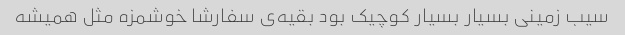
سیب زمینی بسیار بسیار کوچیک بود بقیه‌ی سفارشا خوشمزه مثل همیشه